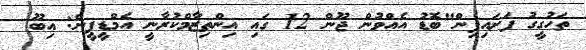
ތަހުގީގު ފަށައިފިން"ބޮޑު އެއްވުން ޖޫން 12 ގައި އިންތިޒާމްކުރާނީ އެމްޑީޕީން: އިބޫ